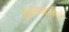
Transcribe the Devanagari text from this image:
आकळलेले